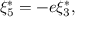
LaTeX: \xi _ { 5 } ^ { \ast } = - e \xi _ { 3 } ^ { \ast } ,